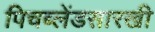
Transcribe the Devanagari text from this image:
पिचब्लेंडसारखी